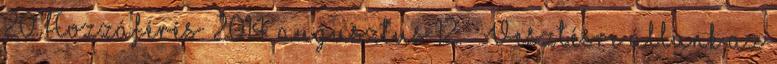
20. Hozzáférés: 2014. augusztus 12. ↑ Vesztésre állunk az